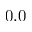
{ 0 . 0 }